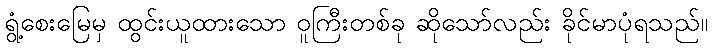
ရွံ့စေးမြေမှ ထွင်းယူထားသော ဝူကြီးတစ်ခု ဆိုသော်လည်း ခိုင်မာပုံရသည်။